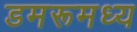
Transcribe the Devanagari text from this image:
डमरूमध्य